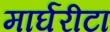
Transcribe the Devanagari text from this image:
मार्घरीटा